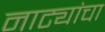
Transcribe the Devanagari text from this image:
नाट्यांचा